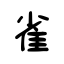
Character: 雀